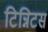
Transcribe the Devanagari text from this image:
टिन्निटस